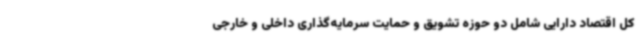
کل اقتصاد دارایی شامل دو حوزه تشویق و حمایت سرمایه‌گذاری داخلی و خارجی